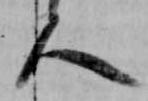
人